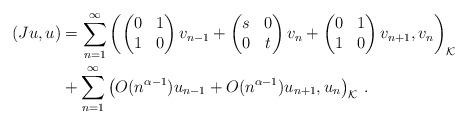
LaTeX: \begin{align*} (Ju,u)&=\sum_{n=1}^\infty\left( \begin{pmatrix} 0&1\\1&0 \end{pmatrix}v_{n-1} +\begin{pmatrix} s&0\\0&t\end{pmatrix}v_n+ \begin{pmatrix} 0&1\\1&0 \end{pmatrix}v_{n+1}, v_n\right)_{\mathcal{K}}\\&+\sum_{n=1}^\infty\left(O(n^{\alpha-1})u_{n-1} +O(n^{\alpha-1})u_{n+1}, u_n\right)_{\mathcal{K}}\,.\end{align*}